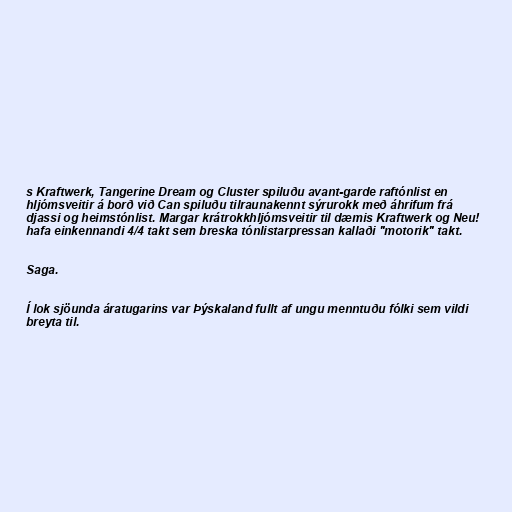
s Kraftwerk, Tangerine Dream og Cluster spiluðu avant-garde raftónlist en
hljómsveitir á borð við Can spiluðu tilraunakennt sýrurokk með áhrifum frá
djassi og heimstónlist. Margar krátrokkhljómsveitir til dæmis Kraftwerk og Neu!
hafa einkennandi 4/4 takt sem breska tónlistarpressan kallaði "motorik" takt.

Saga.

Í lok sjöunda áratugarins var Þýskaland fullt af ungu menntuðu fólki sem vildi
breyta til.